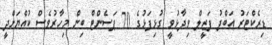
ޑިރެކްޓަރު އަބްދު ފަޒީލް ވިދާޅުވީ ގުޅިފަޅުގެ 70 ޕަސެންޓް ބިން މިހާރުވެސް ކުއްޔަށްދީ